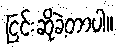
ငြင်းဆိုခဲ့တာပါ။